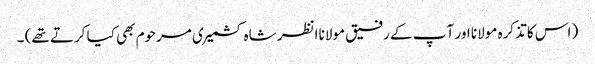
( اس کا تذکرہ مولانا اور آ پ کے رفیق مولانا انظر شاہ کشمیری مرحوم بھی کیا کرتے تھے) ۔